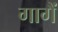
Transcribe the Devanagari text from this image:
गागैं